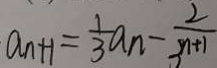
a _ { n + 1 } = \frac { 1 } { 3 } a _ { n } - \frac { 2 } { 3 ^ { n + 1 } }